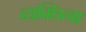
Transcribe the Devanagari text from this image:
व्यक्तित्वा